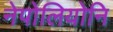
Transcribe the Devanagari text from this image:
नेपोलियोनि